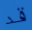
قد